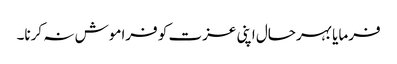
فرمایا بہرحال اپنی عزت کو فراموش نہ کرنا۔